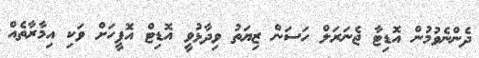
ދެންނެވުމުން އޮޑިޓާ ޖެނަރަލް ހަސަން ޒިޔަތު ވިދާޅުވީ އޮޑިޓް އޮފީހަށް ވަކި އިމާރާތެއް